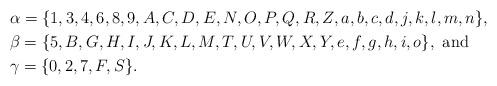
LaTeX: \begin{align*}& \alpha=\{1, 3, 4, 6, 8, 9, A, C, D, E, N, O, P, Q, R, Z, a, b, c, d, j, k, l, m, n\},\\&\beta= \{5, B, G, H, I, J, K, L, M, T, U, V, W, X, Y, e, f, g, h, i, o\},\mbox{ and }\\&\gamma=\{0, 2, 7, F, S\}.\end{align*}